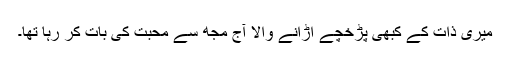
میری ذات کے کبھی پڑخچے اڑانے والا آج مجھ سے محبت کی بات کر رہا تھا۔